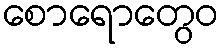
စောရောတွေဝ